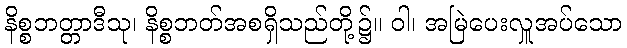
နိစ္စဘတ္တာဒီသု၊ နိစ္စဘတ်အစရှိသည်တို့၌။ ဝါ၊ အမြဲပေးလှူအပ်သော